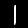
Digit: 1